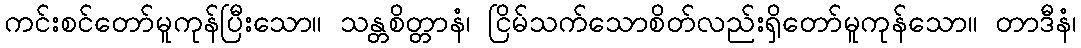
ကင်းစင်တော်မူကုန်ပြီးသော။ သန္တစိတ္တာနံ၊ ငြိမ်သက်သောစိတ်လည်းရှိတော်မူကုန်သော။ တာဒီနံ၊